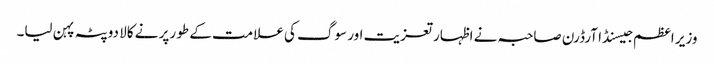
وزیر اعظم جیسنڈا آرڈرن صاحبہ نے اظہار تعزیت اور سوگ کی علامت کے طو رپر نے کالا دوپٹہ پہن لیا۔